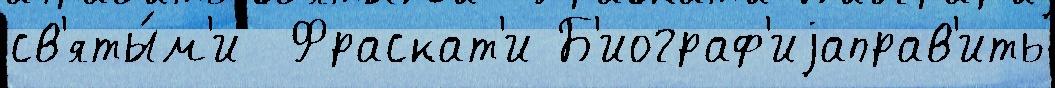
св'яты́м'и  Фраскат'и Б'иограф'иjаправ'ить